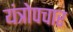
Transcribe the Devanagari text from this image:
यंत्रोपचार